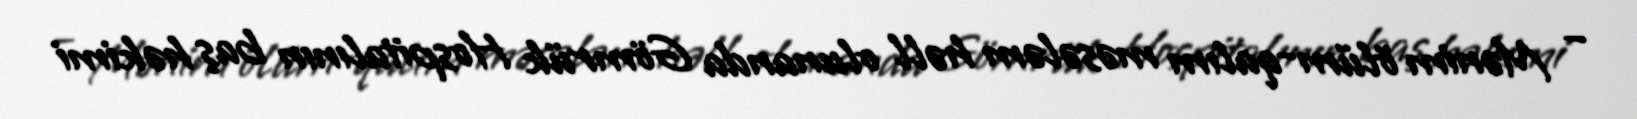
– Mənim ölüm-qalım məsələm həll olunanda Gömrük Hospitalının baş həkimi